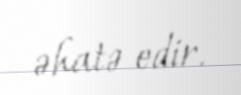
əhatə edir.